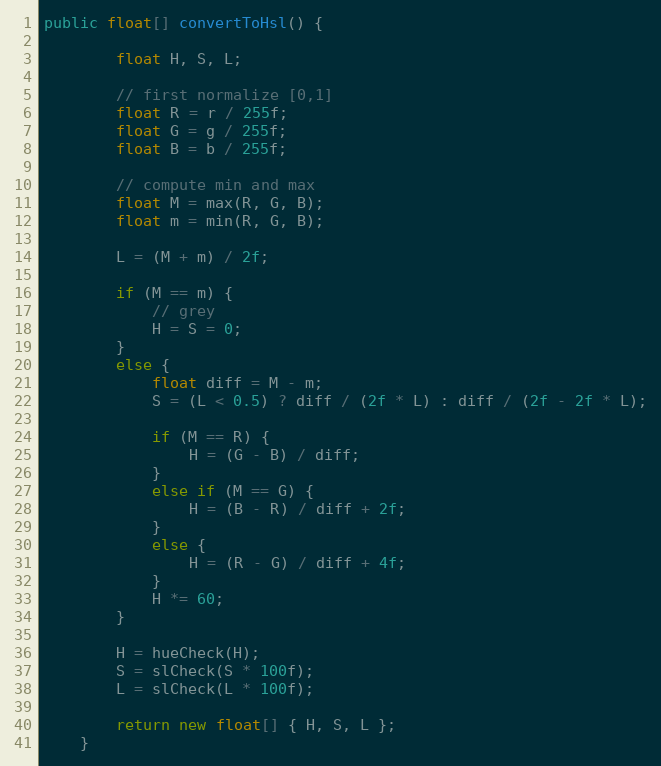
Language: Java
public float[] convertToHsl() {

        float H, S, L;

        // first normalize [0,1]
        float R = r / 255f;
        float G = g / 255f;
        float B = b / 255f;

        // compute min and max
        float M = max(R, G, B);
        float m = min(R, G, B);

        L = (M + m) / 2f;

        if (M == m) {
            // grey
            H = S = 0;
        }
        else {
            float diff = M - m;
            S = (L < 0.5) ? diff / (2f * L) : diff / (2f - 2f * L);

            if (M == R) {
                H = (G - B) / diff;
            }
            else if (M == G) {
                H = (B - R) / diff + 2f;
            }
            else {
                H = (R - G) / diff + 4f;
            }
            H *= 60;
        }

        H = hueCheck(H);
        S = slCheck(S * 100f);
        L = slCheck(L * 100f);

        return new float[] { H, S, L };
    }